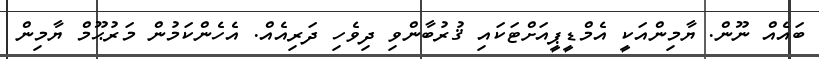
ބައެއް ނޫން. ޔާމިންއަކީ އެމްޑީޕީއަށްޓަކައި ޤުރުބާންވި ދިވެހި ދަރިއެއް. އެހެންކަމުން މަރުޙޫމް ޔާމިން